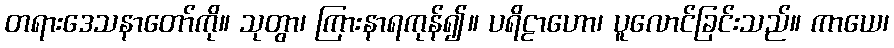
တရားဒေသနာတော်ကို။ သုတွာ၊ ကြားနာရကုန်၍။ ပရိဠာဟော၊ ပူလောင်ခြင်းသည်။ ကာယေ၊